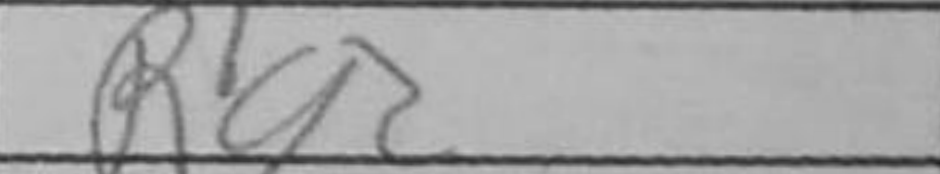
Transcription: Rg2